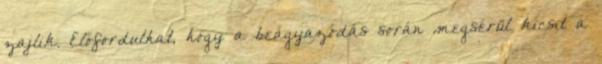
zajlik. Előfordulhat, hogy a beágyazódás során megsérül kicsit a